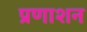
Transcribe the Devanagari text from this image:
प्रणाशन